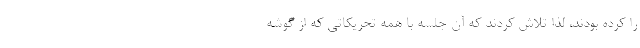
را کرده بودند، لذا تلاش کردند که آن جلسه با همه تحریکاتی که از گوشه